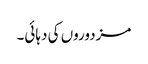
مزدوروں کی دہائی۔